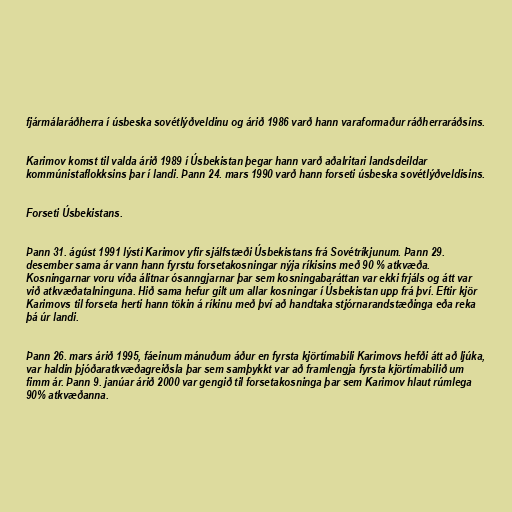
fjármálaráðherra í úsbeska sovétlýðveldinu og árið 1986 varð hann varaformaður ráðherraráðsins.

Karimov komst til valda árið 1989 í Úsbekistan þegar hann varð aðalritari landsdeildar
kommúnistaflokksins þar í landi. Þann 24. mars 1990 varð hann forseti úsbeska sovétlýðveldisins.

Forseti Úsbekistans.

Þann 31. ágúst 1991 lýsti Karimov yfir sjálfstæði Úsbekistans frá Sovétríkjunum. Þann 29.
desember sama ár vann hann fyrstu forsetakosningar nýja ríkisins með 90 % atkvæða.
Kosningarnar voru víða álitnar ósanngjarnar þar sem kosningabaráttan var ekki frjáls og átt var
við atkvæðatalninguna. Hið sama hefur gilt um allar kosningar í Úsbekistan upp frá því. Eftir kjör
Karimovs til forseta herti hann tökin á ríkinu með því að handtaka stjórnarandstæðinga eða reka
þá úr landi.

Þann 26. mars árið 1995, fáeinum mánuðum áður en fyrsta kjörtímabili Karimovs hefði átt að ljúka,
var haldin þjóðaratkvæðagreiðsla þar sem samþykkt var að framlengja fyrsta kjörtímabilið um
fimm ár. Þann 9. janúar árið 2000 var gengið til forsetakosninga þar sem Karimov hlaut rúmlega
90% atkvæðanna.